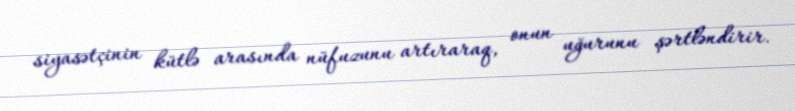
siyasətçinin kütlə arasında nüfuzunu artıraraq, onun uğurunu şərtləndirir.